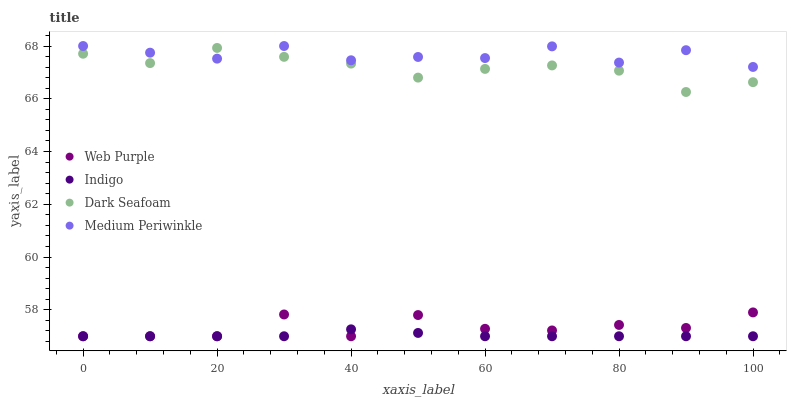
| xaxis_label | Web Purple | Indigo | Dark Seafoam | Medium Periwinkle |
 | --- | --- | --- | --- | --- |
 | 0 | 57 | 57 | 67.7 | 68 |
 | 10 | 57 | 57 | 67.4 | 67.7 |
 | 20 | 57 | 57 | 67.9 | 67.5 |
 | 30 | 57.8 | 57 | 67.6 | 68 |
 | 40 | 57 | 57.3 | 67.3 | 67.5 |
 | 50 | 57.8 | 57.1 | 66.8 | 67.6 |
 | 60 | 57.3 | 57 | 67.1 | 67.5 |
 | 70 | 57.2 | 57 | 67.3 | 68 |
 | 80 | 57.4 | 57 | 67.1 | 67.4 |
 | 90 | 57.3 | 57 | 66.3 | 67.8 |
 | 100 | 57.9 | 57 | 66.6 | 67.2 |